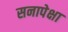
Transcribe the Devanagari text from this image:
सनापेक्षा